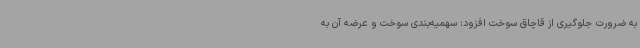
به ضرورت جلوگیری از قاچاق سوخت افزود: سهمیه‌بندی سوخت و عرضه آن به